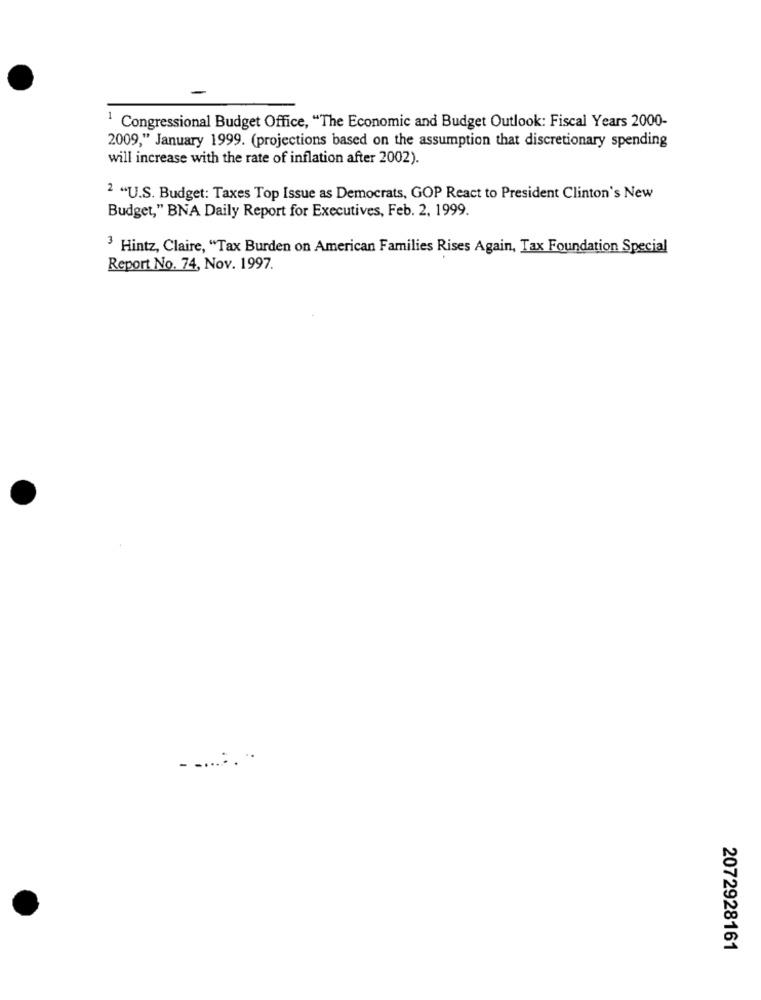
1 Congressional Budget Office, "The Economic and Budget Outlook: Fiscal Years 2000-
2009," January 1999. (projections based on the assumption that discretionary spending
will increase with the rate of inflation after 2002).
2 "U.S. Budget: Taxes Top Issue as Democrats, GOP React to President Clinton's New
Budget," BNA Daily Report for Executives, Feb. 2, 1999.
3 Hintz, Claire, "Tax Burden on American Families Rises Again, Tax Foundation Special
Report No. 74, Nov. 1997.
- ........
2072928161